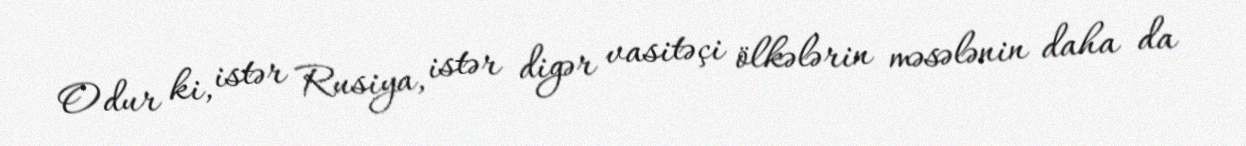
Odur ki, istər Rusiya, istər digər vasitəçi ölkələrin məsələnin daha da